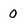
Character: 0